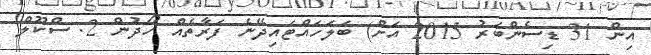
އިން 31 ޑިސެންބަރު 2015 އަށް) ބަލަހައްޓައިދޭނެ ފަރާތެއް ހޯދުން 2. ސްކޫލް